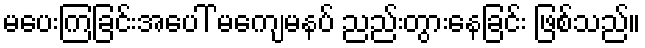
မပေးကြခြင်းအပေါ် မကျေမနပ် ညည်းတွားနေခြင်း ဖြစ်သည်။